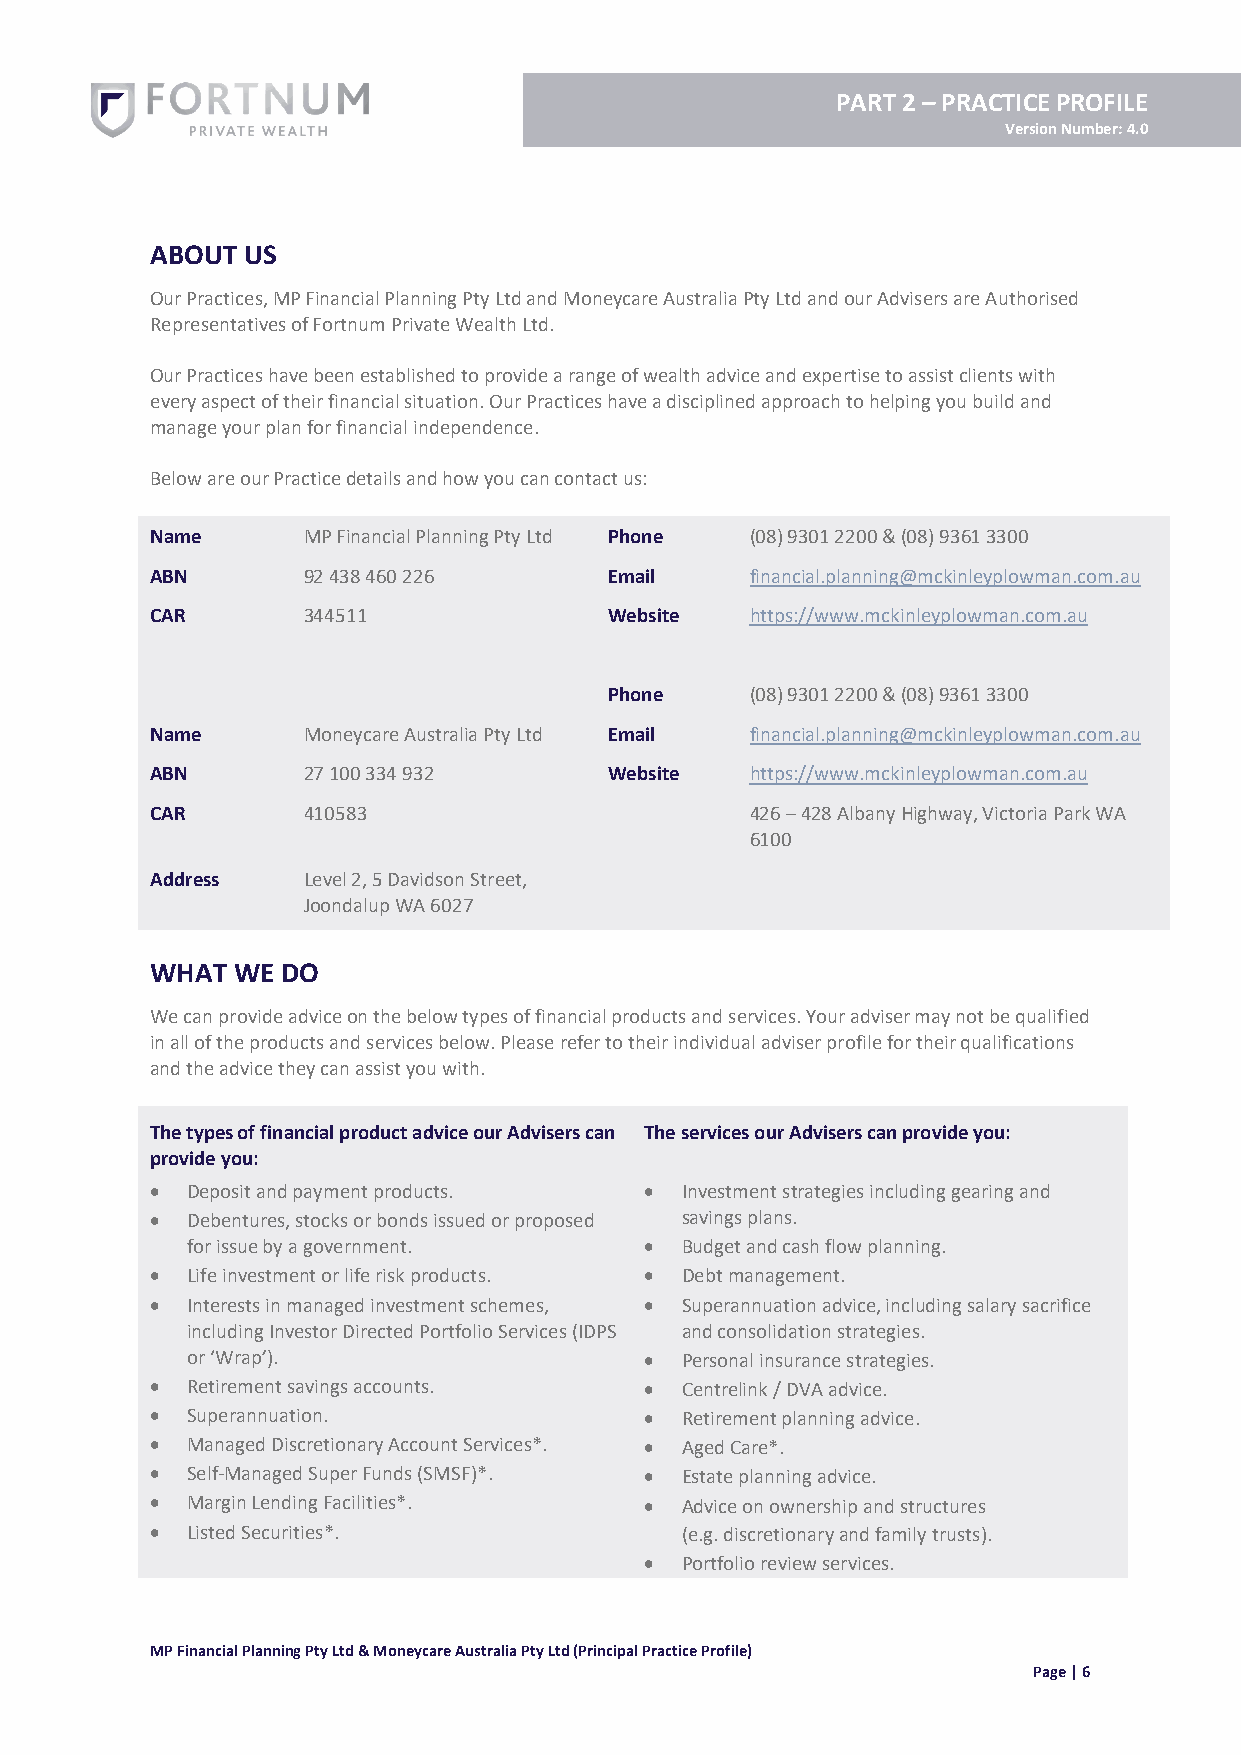
PART 2 – PRACTICE PROFILE
 Version Number: 4.0
 ABOUT US
 Our Practices, MP Financial Planning Pty Ltd and Moneycare Australia Pty Ltd and our Advisers are Authorised
 Representatives of Fortnum Private Wealth Ltd.
 Our Practices have been established to provide a range of wealth advice and expertise to assist clients with
 every aspect of their financial situation. Our Practices have a disciplined approach to helping you build and
 manage your plan for financial independence.
 Below are our Practice details and how you can contact us:
 Name      MP Financial Planning Pty Ltd Phone (08) 9301 2200 & (08) 9361 3300
 ABN       92 438 460 226      Email     financial.planning@mckinleyplowman.com.au
 CAR       344511              Website   https://www.mckinleyplowman.com.au
 Phone     (08) 9301 2200 & (08) 9361 3300
 Name      Moneycare Australia Pty Ltd Email financial.planning@mckinleyplowman.com.au
 ABN       27 100 334 932      Website   https://www.mckinleyplowman.com.au
 CAR       410583                        426 – 428 Albany Highway, Victoria Park WA
 6100
 Address   Level 2, 5 Davidson Street,
 Joondalup WA 6027
 WHAT WE  DO
 We can provide advice on the below types of financial products and services. Your adviser may not be qualified
 in all of the products and services below. Please refer to their individual adviser profile for their qualifications
 and the advice they can assist you with.
 The types of financial product advice our Advisers can The services our Advisers can provide you:
 provide you:
 • Deposit and payment products.  • Investment strategies including gearing and
 • Debentures, stocks or bonds issued or proposed savings plans.
 for issue by a government.     • Budget and cash flow planning.
 • Life investment or life risk products. • Debt management.
 • Interests in managed investment schemes, • Superannuation advice, including salary sacrifice
 including Investor Directed Portfolio Services (IDPS and consolidation strategies.
 or ‘Wrap’).                    • Personal insurance strategies.
 • Retirement savings accounts.   • Centrelink / DVA advice.
 • Superannuation.                • Retirement planning advice.
 • Managed Discretionary Account Services*. • Aged Care*.
 • Self-Managed Super Funds (SMSF)*. • Estate planning advice.
 • Margin Lending Facilities*.    • Advice on ownership and structures
 • Listed Securities*.              (e.g. discretionary and family trusts).
 • Portfolio review services.
 MP Financial Planning Pty Ltd & Moneycare Australia Pty Ltd (Principal Practice Profile)
 Page | 6